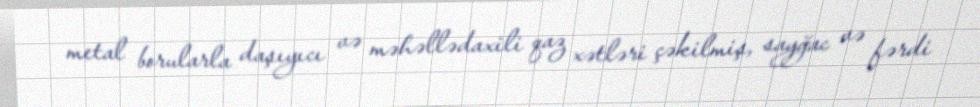
metal borularla daşıyıcı və məhəllədaxili qaz xətləri çəkilmiş, sayğac və fərdi